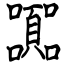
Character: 嚻